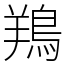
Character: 鴹